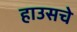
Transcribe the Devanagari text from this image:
हाउसचे